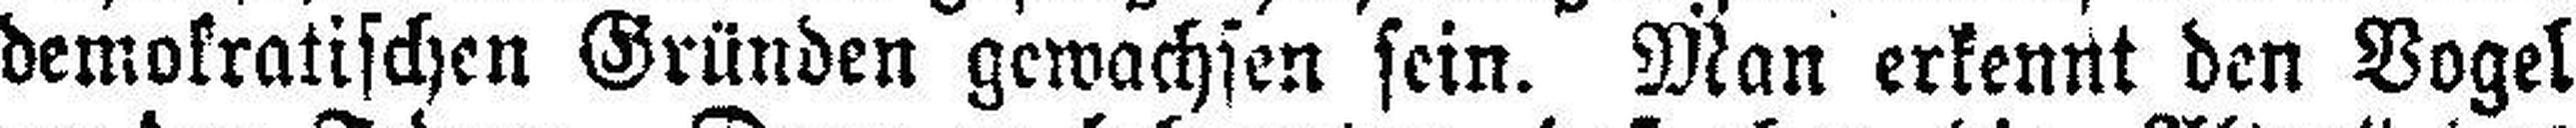
demokratischen Gründen gewachsen sein. Man erkennt den Vogel